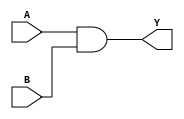
module gate(A,B,Y);
    //declare inputs
    input A,B;
    output Y;

    //gatelevel modeling
    //example
    //functionname (port list)
    //              (outputs,inputs)
    and (Y,A,B);
    


endmodule